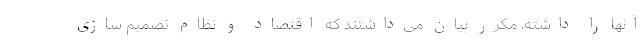
آنها را داشته، مکرّر بیان می­داشتند که اقتصاد و نظامِ تصمیم سازی